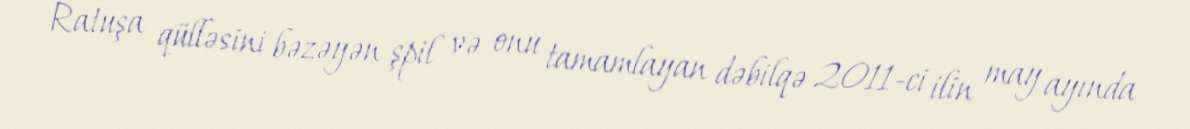
Ratuşa qülləsini bəzəyən şpil və onu tamamlayan dəbilqə 2011-ci ilin may ayında